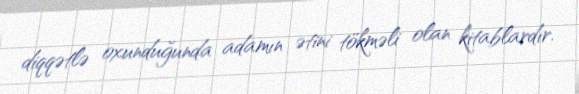
diqqətlə oxunduğunda adamın ətini tökməli olan kitablardır.